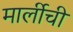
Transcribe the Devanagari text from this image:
मार्लीची